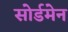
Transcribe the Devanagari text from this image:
सोर्डमेन